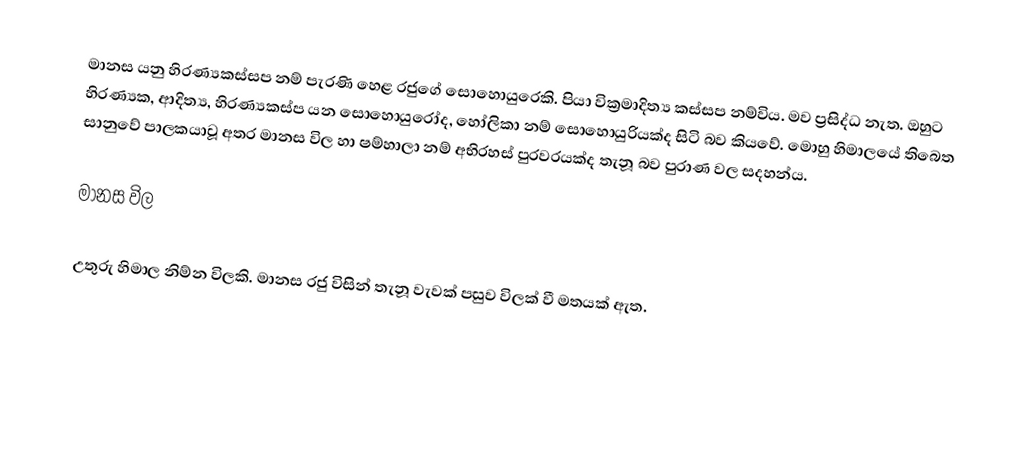
මානස යනු හිරණ්‍යකස්සප නම් පැරණි හෙළ රජුගේ සොහොයුරෙකි. පියා වික්‍රමාදිත්‍ය කස්සප නම්විය. මව ප්‍රසිද්ධ නැත. ඔහුට හිරණ්‍යක, ආදිත්‍ය, හිරණ්‍යකස්ප යන සොහොයුරෝද, හෝලිකා නම් සොහොයුරියක්ද සිටි බව කියවේ. මොහු හිමාලයේ තිබෙත සානුවේ පාලකයාවූ අතර මානස විල හා ෂම්හාලා නම් අභිරහස් පුරවරයක්ද තැනූ බව පුරාණ වල සදහන්ය.

මානස විල

උතුරු හිමාල නිම්න විලකි. මානස රජු විසින් තැනූ වැවක් පසුව විලක් වී මතයක් ඇත.